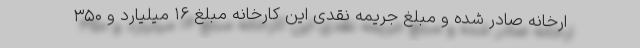
ارخانه صادر شده و مبلغ جریمه نقدی این کارخانه مبلغ ۱۶ میلیارد و ۳۵۰